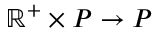
\mathbb R ^ { + } \times P \to P